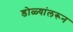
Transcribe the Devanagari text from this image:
डोळ्यांलरून